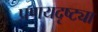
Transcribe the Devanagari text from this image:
प्रणयदृष्ट्या